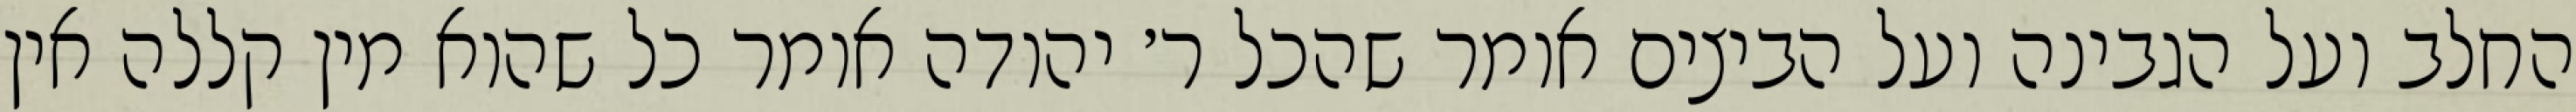
החלב ועל הגבינה ועל הביצים אומר שהכל ר׳ יהודה אומר כל שהוא מין קללה אין